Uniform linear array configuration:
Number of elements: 64
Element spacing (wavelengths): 0.25
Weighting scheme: exponential
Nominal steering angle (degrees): -60
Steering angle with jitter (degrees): -61.246
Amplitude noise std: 0.05
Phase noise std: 0.05

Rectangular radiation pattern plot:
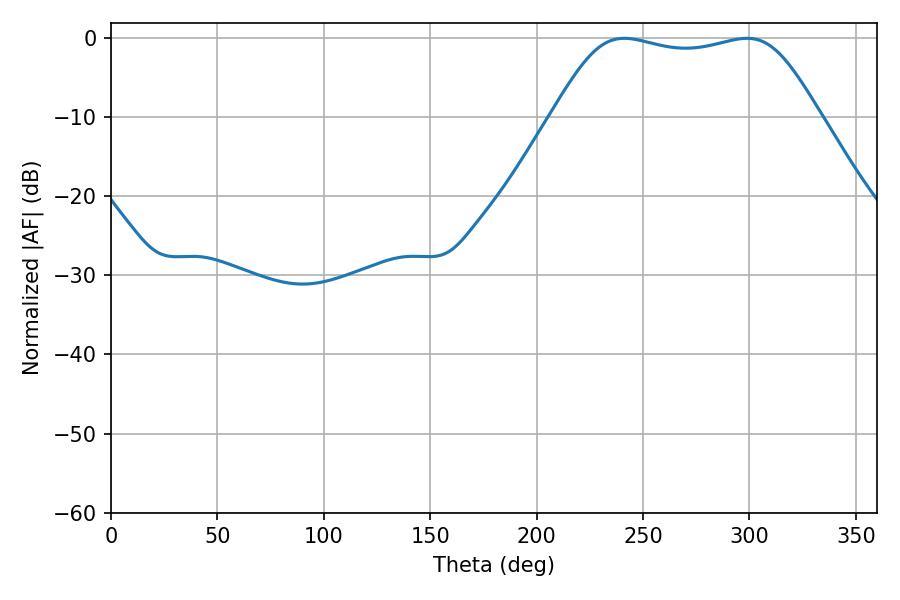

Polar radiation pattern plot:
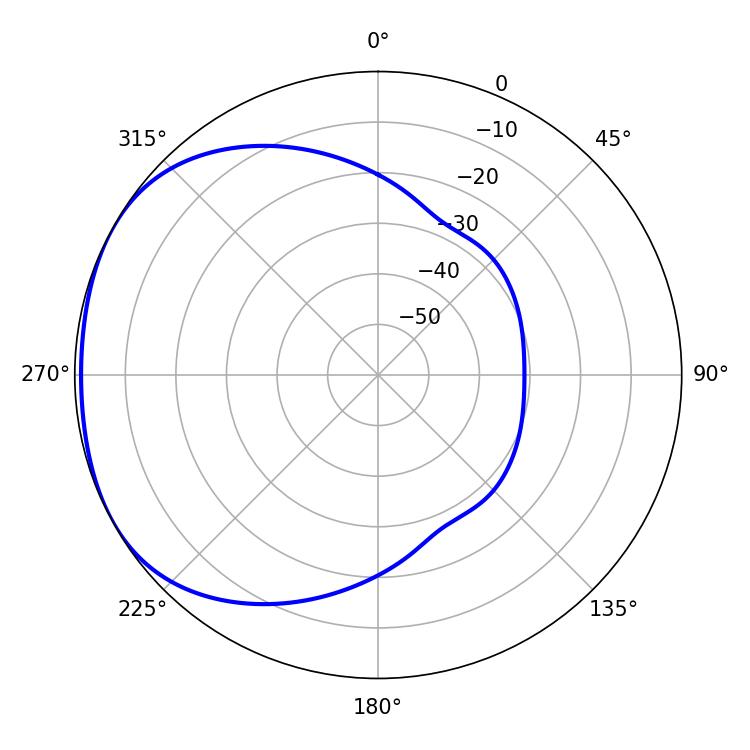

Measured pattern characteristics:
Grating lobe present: FALSE
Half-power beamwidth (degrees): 95.04
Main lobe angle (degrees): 241.2